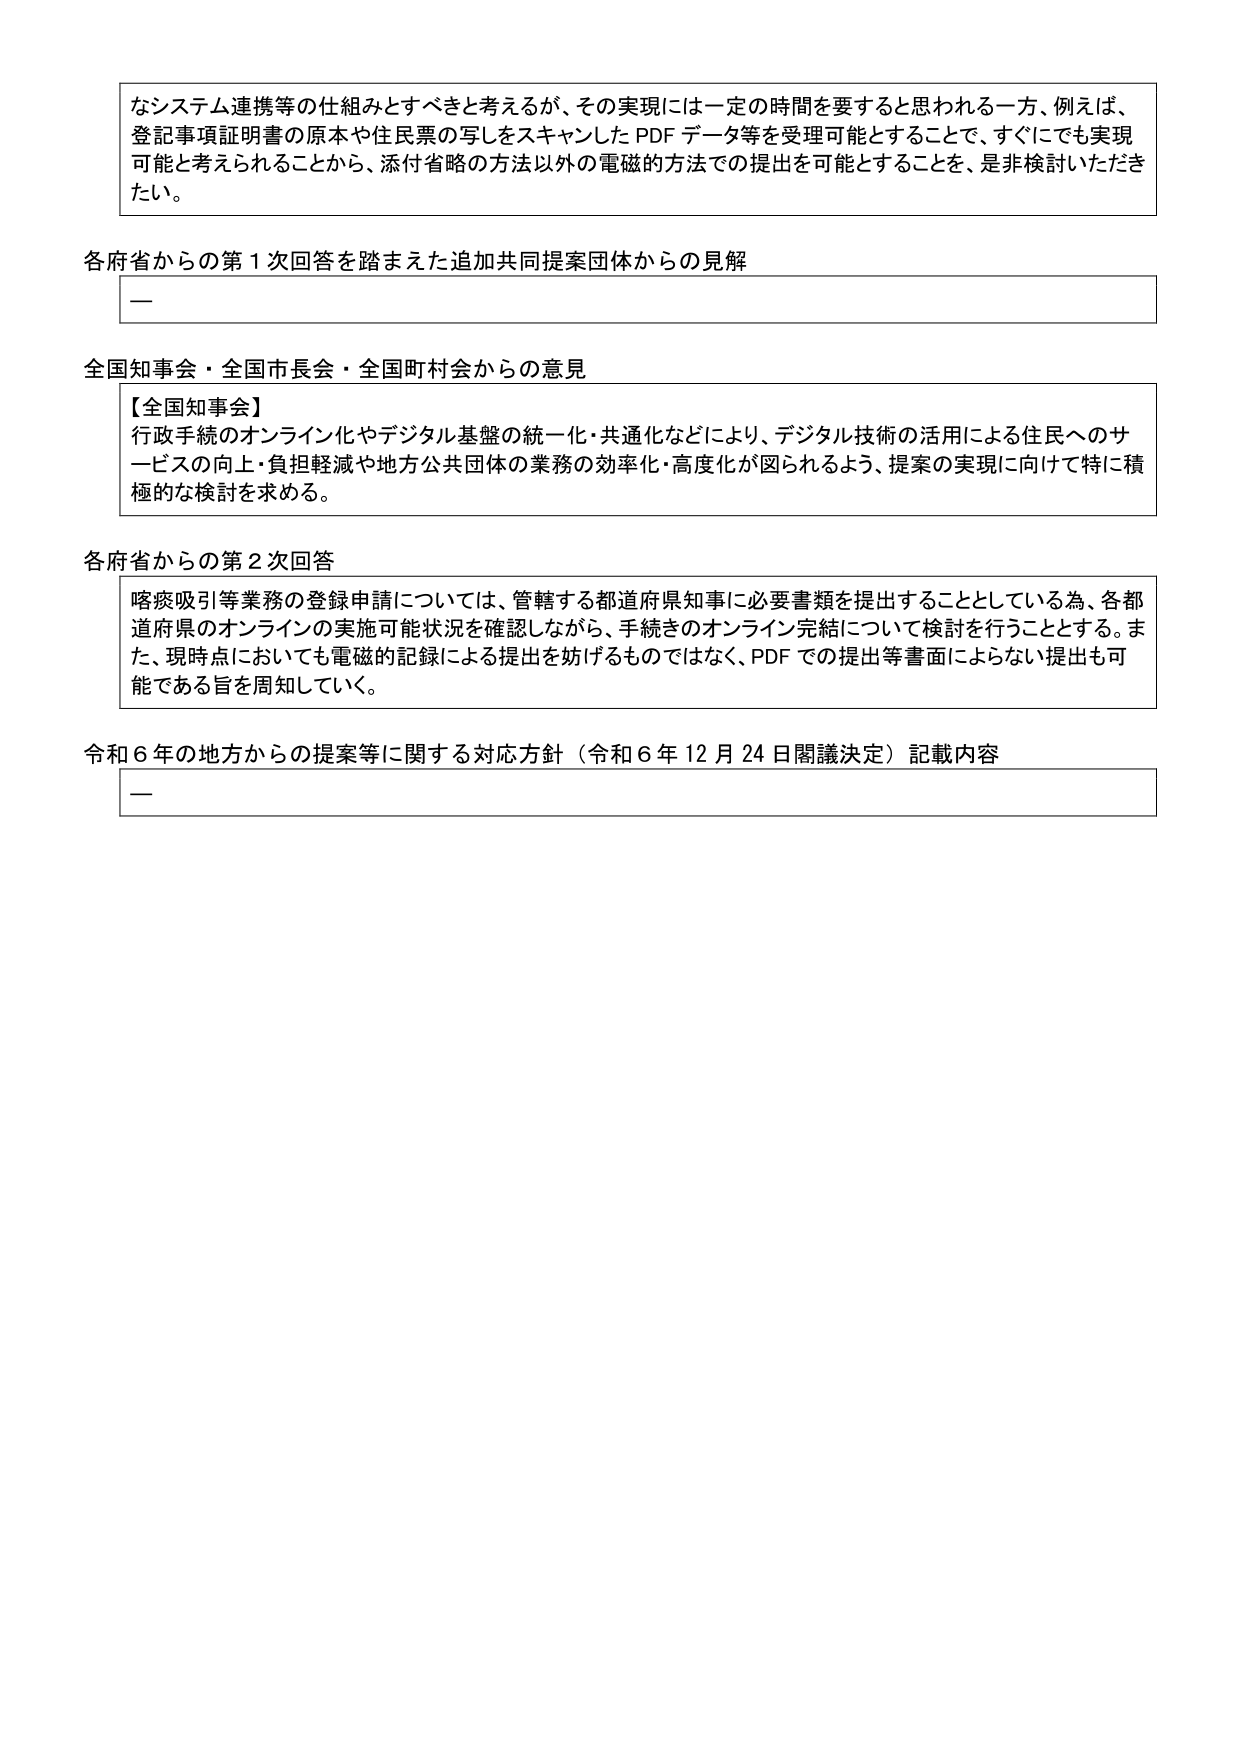
なシステム連携等の仕組みとすべきと考えるが、その実現には一定の時間を要すると思われる一方、例えば、登記事項証明書の原本や住民票の写しをスキャンしたPDFデータ等を受理可能とすることで、すぐにでも実現可能と考えられることから、添付省略の方法以外の電磁的方法での提出を可能とすることを、是非検討いただきたい。

各府省からの第1次回答を踏まえた追加共同提案団体からの見解
—

全国知事会・全国市長会・全国町村会からの意見
【全国知事会】
行政手続のオンライン化やデジタル基盤の統一化・共通化などにより、デジタル技術の活用による住民へのサービスの向上・負担軽減や地方公共団体の業務の効率化・高度化が図られるよう、提案の実現に向けて特に積極的な検討を求める。

各府省からの第2次回答
喀痰吸引等業務の登録申請については、管轄する都道府県知事に必要書類を提出することとしている為、各都道府県のオンラインの実施可能状況を確認しながら、手続きのオンライン完結について検討を行うこととする。また、現時点においても電磁的記録による提出を妨げるものではなく、PDFでの提出等書面によらない提出も可能である旨を周知していく。

令和6年の地方からの提案等に関する対応方針（令和6年12月24日閣議決定）記載内容
—